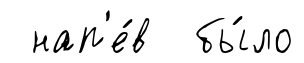
нап'е́в бы́ло